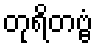
တုရိတဗ္ဗံ